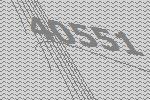
40551